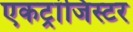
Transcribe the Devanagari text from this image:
एकट्रांजिस्टर